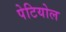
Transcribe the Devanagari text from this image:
पेटियोल